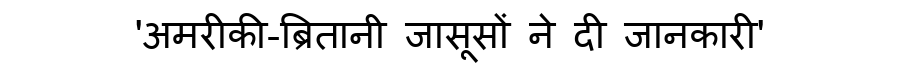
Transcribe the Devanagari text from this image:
'अमरीकी-ब्रितानी जासूसों ने दी जानकारी'